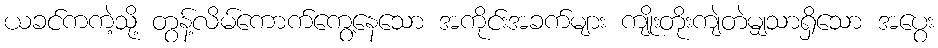
ယခင်ကကဲ့သို့ တွန့်လိမ်ကောက်ကွေ့နေသော အကိုင်းအခက်များ ကျိုးတိုးကျဲတဲမျှသာရှိသော အပွေး